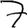
Digit: 7